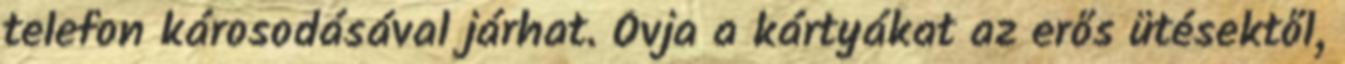
telefon károsodásával járhat. Óvja a kártyákat az erős ütésektől,